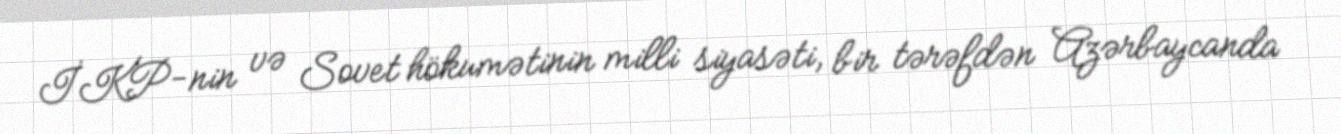
İKP-nin və Sovet hökumətinin milli siyasəti, bir tərəfdən Azərbaycanda